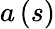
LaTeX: a\left(s\right)